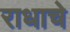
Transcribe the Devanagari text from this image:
राधाचे